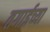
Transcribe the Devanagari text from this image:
तगाईच्या